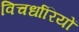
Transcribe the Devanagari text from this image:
विचर्धारियों